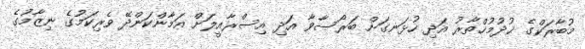
މުބާރަކްގެ ޚުދުމުޚްތާރު އަދި ހުޅަނގަށް ބަރޯސާވާ އަދި އިސްރާއީލަށް އަމާންކަންދޭ ވެރިކަމުގެ ނިޒާމުގެ